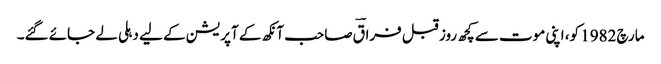
مارچ 1982 کو، اپنی موت سے کچھ روز قبل فراقؔ صاحب آنکھ کے آپریشن کے لیے دہلی لے جائے گئے۔